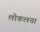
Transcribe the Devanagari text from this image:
लोकलचा